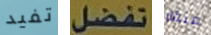
تفيد تفضل منقار